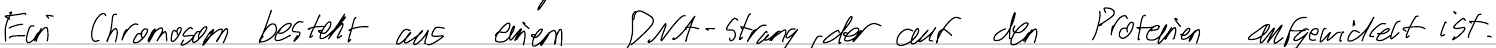
Ein Chromosom besteht aus einem DNA-Strand, der auf den Proteinen aufgewickelt ist.